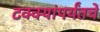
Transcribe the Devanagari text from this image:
टक्क्यांपर्यंतचे